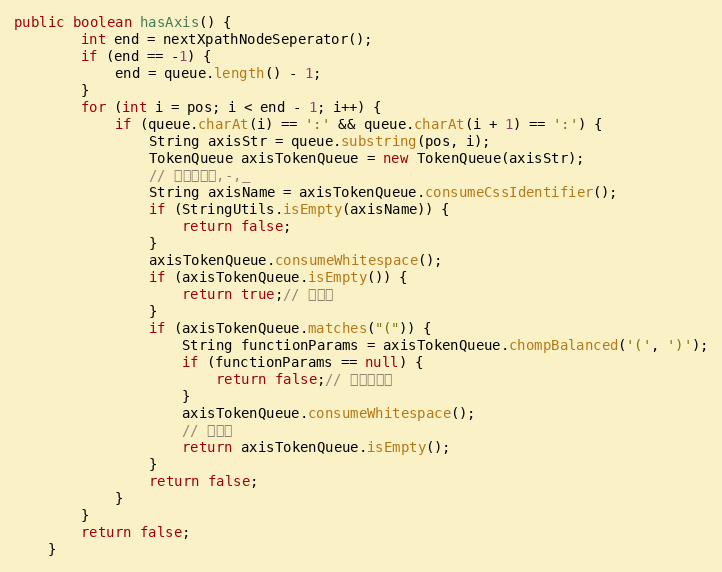
Language: Java
public boolean hasAxis() {
        int end = nextXpathNodeSeperator();
        if (end == -1) {
            end = queue.length() - 1;
        }
        for (int i = pos; i < end - 1; i++) {
            if (queue.charAt(i) == ':' && queue.charAt(i + 1) == ':') {
                String axisStr = queue.substring(pos, i);
                TokenQueue axisTokenQueue = new TokenQueue(axisStr);
                // 轴允许字母,-,_
                String axisName = axisTokenQueue.consumeCssIdentifier();
                if (StringUtils.isEmpty(axisName)) {
                    return false;
                }
                axisTokenQueue.consumeWhitespace();
                if (axisTokenQueue.isEmpty()) {
                    return true;// 无参轴
                }
                if (axisTokenQueue.matches("(")) {
                    String functionParams = axisTokenQueue.chompBalanced('(', ')');
                    if (functionParams == null) {
                        return false;// 格式不合法
                    }
                    axisTokenQueue.consumeWhitespace();
                    // 含参轴
                    return axisTokenQueue.isEmpty();
                }
                return false;
            }
        }
        return false;
    }